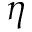
\eta